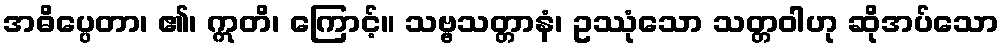
အဓိပ္ပေတာ၊ ၏၊ ဣတိ၊ ကြောင့်။ သဗ္ဗသတ္တာနံ၊ ဥဿုံသော သတ္တဝါဟု ဆိုအပ်သော